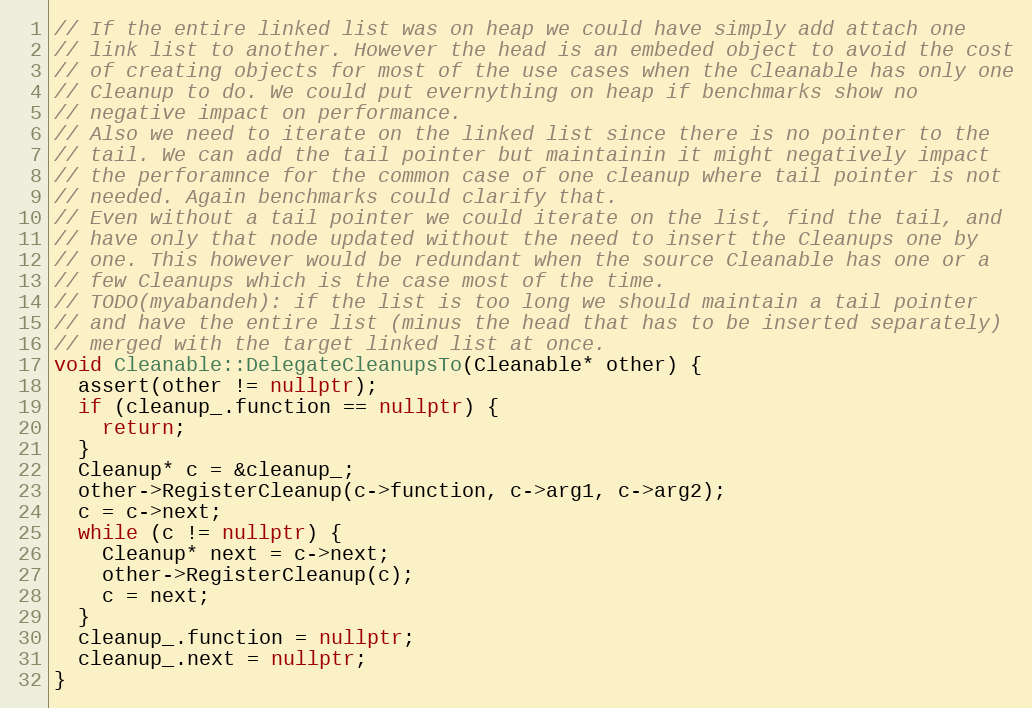
Language: C++
// If the entire linked list was on heap we could have simply add attach one
// link list to another. However the head is an embeded object to avoid the cost
// of creating objects for most of the use cases when the Cleanable has only one
// Cleanup to do. We could put evernything on heap if benchmarks show no
// negative impact on performance.
// Also we need to iterate on the linked list since there is no pointer to the
// tail. We can add the tail pointer but maintainin it might negatively impact
// the perforamnce for the common case of one cleanup where tail pointer is not
// needed. Again benchmarks could clarify that.
// Even without a tail pointer we could iterate on the list, find the tail, and
// have only that node updated without the need to insert the Cleanups one by
// one. This however would be redundant when the source Cleanable has one or a
// few Cleanups which is the case most of the time.
// TODO(myabandeh): if the list is too long we should maintain a tail pointer
// and have the entire list (minus the head that has to be inserted separately)
// merged with the target linked list at once.
void Cleanable::DelegateCleanupsTo(Cleanable* other) {
  assert(other != nullptr);
  if (cleanup_.function == nullptr) {
    return;
  }
  Cleanup* c = &cleanup_;
  other->RegisterCleanup(c->function, c->arg1, c->arg2);
  c = c->next;
  while (c != nullptr) {
    Cleanup* next = c->next;
    other->RegisterCleanup(c);
    c = next;
  }
  cleanup_.function = nullptr;
  cleanup_.next = nullptr;
}